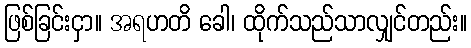
ဖြစ်ခြင်းငှာ။ အရဟတိ ခေါ၊ ထိုက်သည်သာလျှင်တည်း။